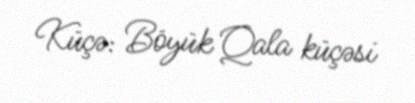
Küçə: Böyük Qala küçəsi